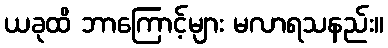
ယခုထိ ဘာကြောင့်များ မလာရသနည်း။